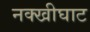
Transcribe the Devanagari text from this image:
नक्खीघाट